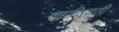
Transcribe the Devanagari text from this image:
यादीसाठी